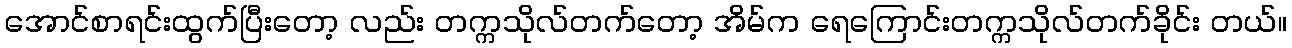
အောင်စာရင်းထွက်ပြီးတော့ လည်း တက္ကသိုလ်တက်တော့ အိမ်က ရေကြောင်းတက္ကသိုလ်တက်ခိုင်း တယ်။